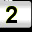
Digit: 2